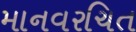
માનવરચિત